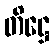
တိဋ္ဌေ